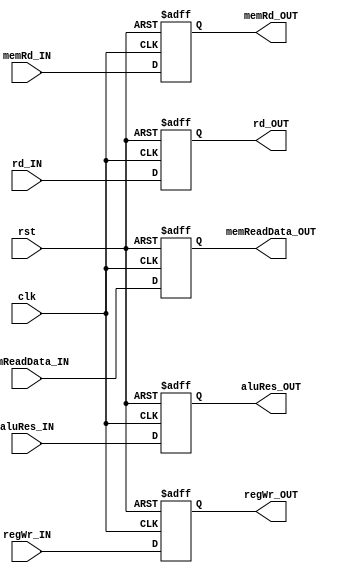
module MEM_WB_Reg (clk, rst, memRd_IN, regWr_IN, memReadData_IN, aluRes_IN, rd_IN,
  memRd_OUT, regWr_OUT, memReadData_OUT, aluRes_OUT, rd_OUT);

  input clk, rst, memRd_IN, regWr_IN;
  input[2:0] rd_IN;
  input[7:0] memReadData_IN, aluRes_IN;
  output reg memRd_OUT, regWr_OUT;
  output reg[2:0] rd_OUT;
  output reg[7:0] memReadData_OUT, aluRes_OUT;

  always @(posedge clk, posedge rst) begin
    if (rst) begin
      {memRd_OUT, regWr_OUT, rd_OUT, memReadData_OUT, aluRes_OUT} <= 0;
    end
    else begin
      memRd_OUT <= memRd_IN; regWr_OUT <= regWr_IN; rd_OUT <= rd_IN;
      memReadData_OUT <= memReadData_IN; aluRes_OUT <= aluRes_IN;
    end
  end

endmodule // MEM_WB_Reg